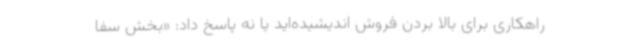
راهکاری برای بالا بردن فروش اندیشیده‌اید یا نه پاسخ داد: «بخش سفا